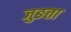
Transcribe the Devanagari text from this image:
जुङता